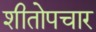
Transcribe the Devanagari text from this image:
शीतोपचार